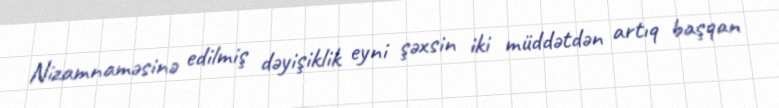
Nizamnaməsinə edilmiş dəyişiklik eyni şəxsin iki müddətdən artıq başqan